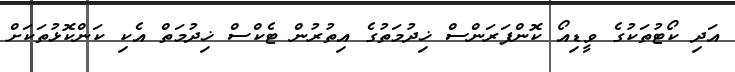
އަދި ކޯޓުތަކުގެ ވީޑިއޯ ކޮންފަރަންސް ޚިދުމަތުގެ އިތުުރުން ޓެކްސް ޚިދުމަތް އެކި ކަންކޮޅުތަކަށް